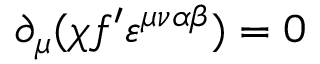
\partial _ { \mu } ( \chi f ^ { \prime } \varepsilon ^ { \mu \nu \alpha \beta } ) = 0